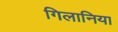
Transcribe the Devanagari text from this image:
गिलानिया